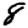
Digit: 8